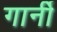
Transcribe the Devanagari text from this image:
गार्नी